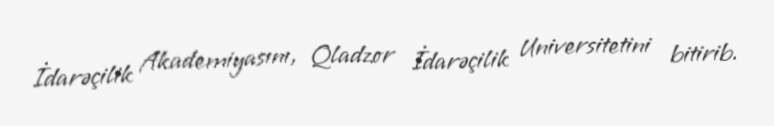
İdarəçilik Akademiyasını, Qladzor İdarəçilik Universitetini bitirib.